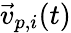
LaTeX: \vec{v}_{p,i}(t)